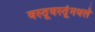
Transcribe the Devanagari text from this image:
वस्तूवस्तूंमधले